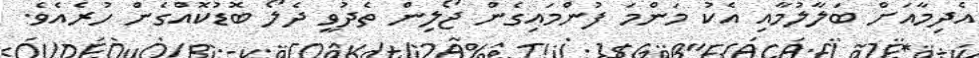
އެދިމާއަށް ބަލާލުމާއި އެކު މަންމަ ފުންމައިގެން ޖޯލިން ތެދުވީ ދެލޯ ބޮޑުކޮއްގެން ހުރެއެވެ.